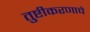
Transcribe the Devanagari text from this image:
तुष्टीकरणाचे